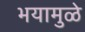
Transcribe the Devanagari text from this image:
भयामुळे